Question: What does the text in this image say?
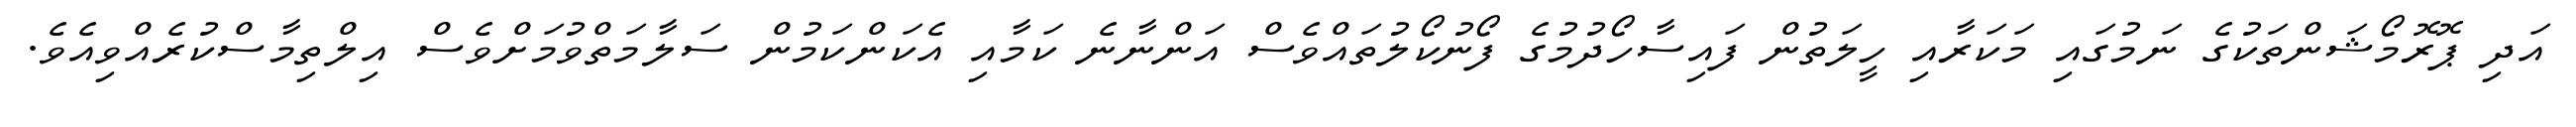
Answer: އަދި ޕޮރޮމޯޝަންތަކުގެ ނަމުގައި މަކަރާއި ހީލަތުން ފައިސާހޯދުމުގެ ފޯނުކޯލުތައްވެސް އަންނާނެ ކަމާއި އެކަންކަމުން ސަލާމަތްވުމަށްވެސް އިލްތިމާސްކުރެއްވިއެވެ.